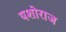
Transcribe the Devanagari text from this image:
यशोराज